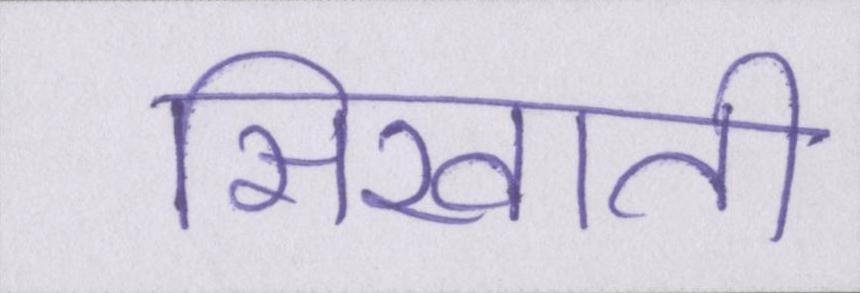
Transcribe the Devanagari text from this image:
सिखाती